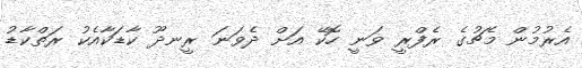
އެރުމުން މެޗުގެ ރެފްރީ ވަނީ ހޮކޭ އަށް ދެވަނަ ރީނދޫ ކާޑަކާއެކު ރަތްކާޑު